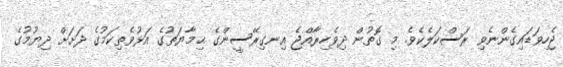
ޖެހިވަޑައިގެންނެވި ރަސްކަލެކެވެ. މި ގޮތުން ދިވެހިރާއްޖެ އިނގިރޭސީންގެ ޙިމާޔަތުގެ އަޅުވެތިކަމުގެ ދަށަށް ދިޔުމުގެ